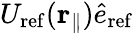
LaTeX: U_{\mathrm{ref}}({\mathbf r}_{\parallel})\hat{e}_{\mathrm{ref}}